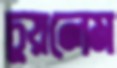
চুয়লেম